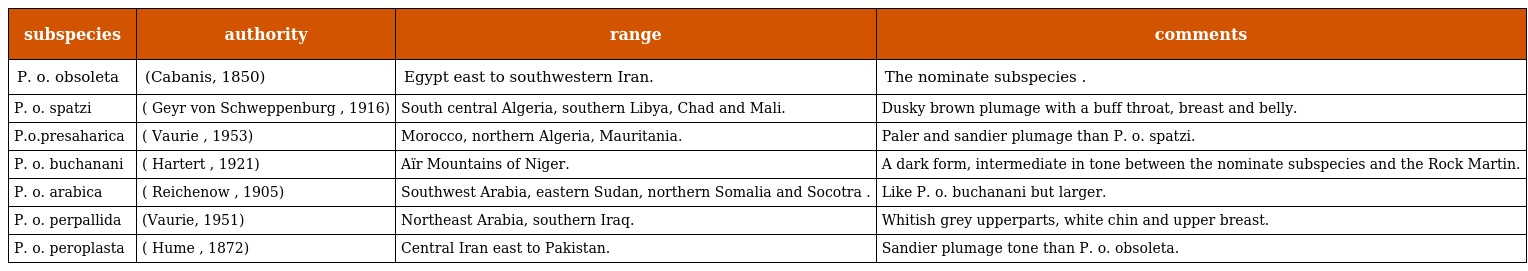
| subspecies | authority | range | comments |
 | --- | --- | --- | --- |
 | P. o. obsoleta | (Cabanis, 1850) | Egypt east to southwestern Iran. | The nominate subspecies . |
 | P. o. spatzi | ( Geyr von Schweppenburg , 1916) | South central Algeria, southern Libya, Chad and Mali. | Dusky brown plumage with a buff throat, breast and belly. |
 | P.o.presaharica | ( Vaurie , 1953) | Morocco, northern Algeria, Mauritania. | Paler and sandier plumage than P. o. spatzi. |
 | P. o. buchanani | ( Hartert , 1921) | Aïr Mountains of Niger. | A dark form, intermediate in tone between the nominate subspecies and the Rock Martin. |
 | P. o. arabica | ( Reichenow , 1905) | Southwest Arabia, eastern Sudan, northern Somalia and Socotra . | Like P. o. buchanani but larger. |
 | P. o. perpallida | (Vaurie, 1951) | Northeast Arabia, southern Iraq. | Whitish grey upperparts, white chin and upper breast. |
 | P. o. peroplasta | ( Hume , 1872) | Central Iran east to Pakistan. | Sandier plumage tone than P. o. obsoleta. |